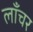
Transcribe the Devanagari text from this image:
लाँचर